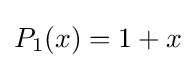
P_{1}(x)=1+x